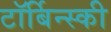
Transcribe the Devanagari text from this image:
टॉर्बिन्स्की